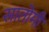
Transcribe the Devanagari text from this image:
सातोमी